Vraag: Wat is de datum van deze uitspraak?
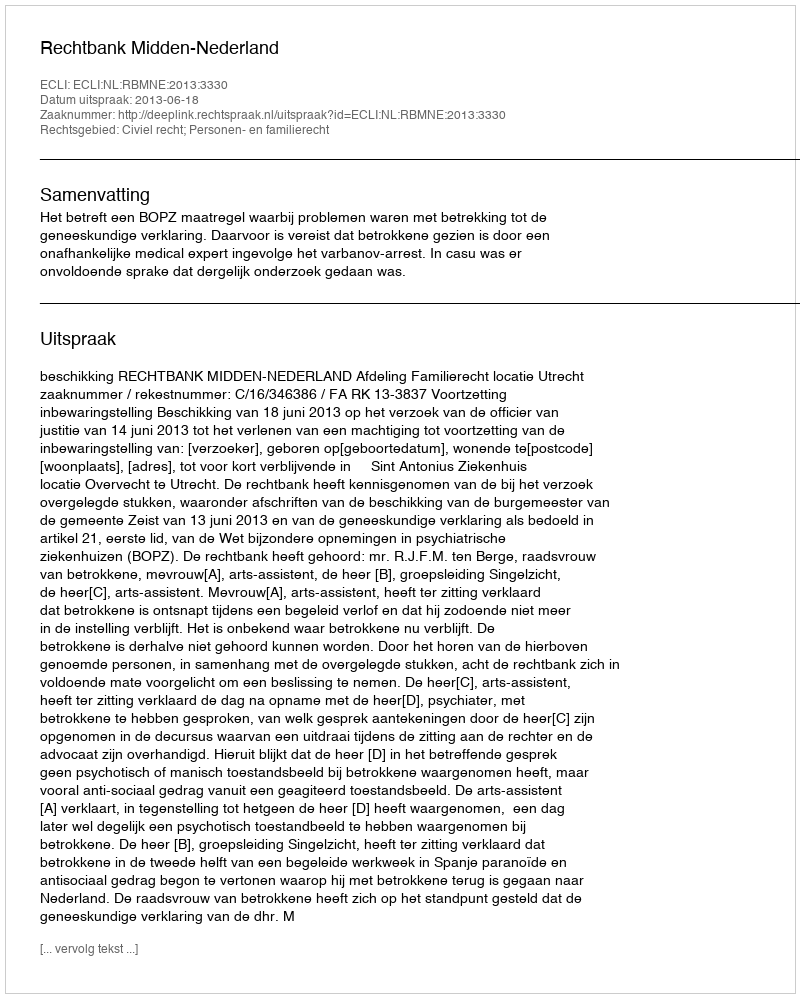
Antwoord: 2013-06-18